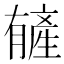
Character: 𬂑